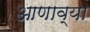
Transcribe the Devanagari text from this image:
आणाव्या